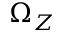
\Omega _ { Z }